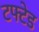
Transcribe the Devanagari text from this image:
टफ्टेड